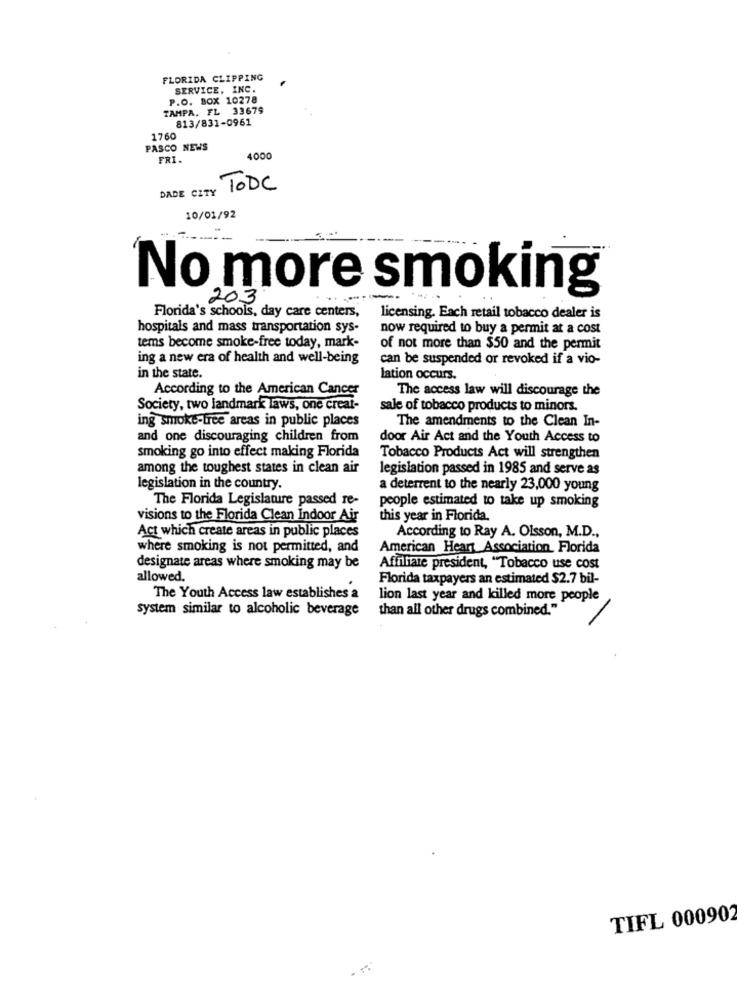
FLORIDA CLIPPING
SERVICE, INC.
P.O. BOX 10278
TAMPA, FL 33679
813/831-0961
1760
PASCO NEWS
FRI.
4000
DADE CITY
TODC
10/01/92
No more smoking
203
-
Florida's schools, day care centers,
licensing. Each retail tobacco dealer is
hospitals and mass transportation sys-
now required to buy a permit at a cost
tems become smoke-free today, mark-
of not more than $50 and the permit
ing a new era of health and well-being
can be suspended or revoked if a vio-
in the state.
lation occurs.
According to the American Cancer
The access law will discourage the
Society, two landmark laws, one creat-
sale of tobacco products to minors.
ing smoke-tree areas in public places
The amendments to the Clean In-
and one discouraging children from
door Air Act and the Youth Access to
smoking go into effect making Florida
Tobacco Products Act will strengthen
among the toughest states in clean air
legislation passed in 1985 and serve as
legislation in the country.
a deterrent to the nearly 23,000 young
The Florida Legislature passed re-
people estimated to take up smoking
visions to the Florida Clean Indoor Air
this year in Florida.
Act which create areas in public places
According to Ray A. Olsson, M.D .,
where smoking is not permitted, and
American Heart Association, Florida
designate areas where smoking may be
Affiliate president, "Tobacco use cost
allowed.
Florida taxpayers an estimated $2.7 bil-
The Youth Access law establishes a
lion last year and killed more people
system similar to alcoholic beverage
than all other drugs combined."
TIFL 000902